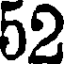
52